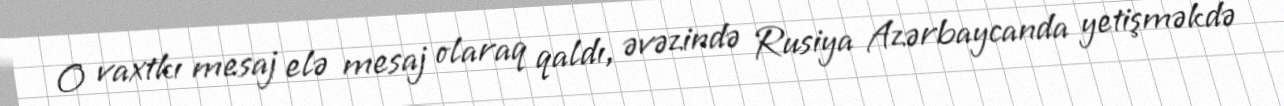
O vaxtkı mesaj elə mesaj olaraq qaldı, əvəzində Rusiya Azərbaycanda yetişməkdə